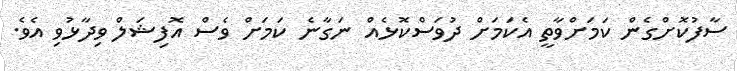
ސާފުކޮށްގެން ކަމަށްވާތީ އެކަމަށް ދުވަސްކޮޅެއް ނަގާނެ ކަމަށް ވެސް އޮފިޝަލް ވިދާޅުވި އެވެ.